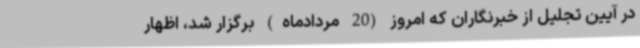
در آیین تجلیل از خبرنگاران که امروز (20 مردادماه) برگزار شد، اظهار